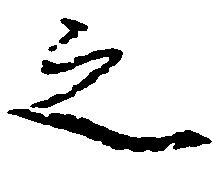
之